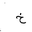
Letter: _kha